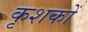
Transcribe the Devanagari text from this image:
कृशकों